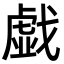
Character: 戯